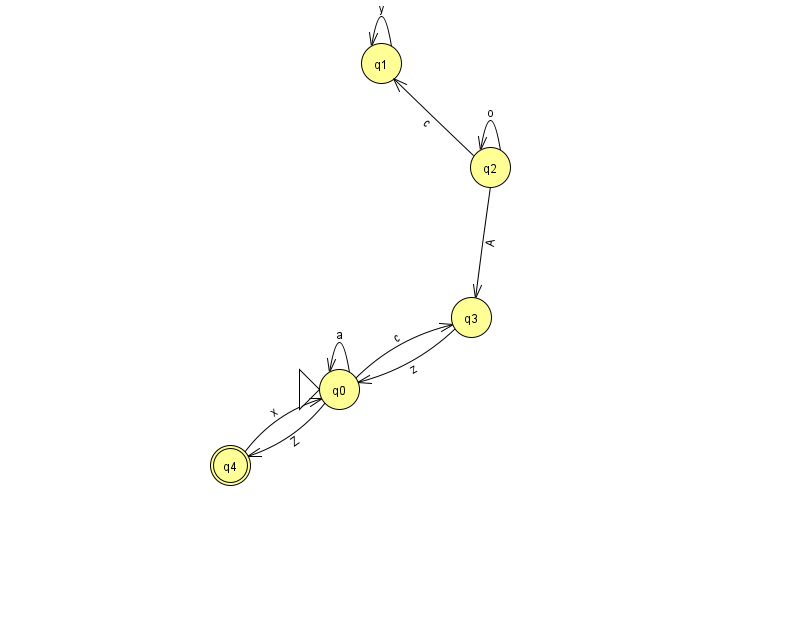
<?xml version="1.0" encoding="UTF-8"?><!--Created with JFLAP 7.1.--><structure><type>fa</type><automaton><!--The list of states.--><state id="0" name="q0"><x>339.0</x><y>376.0</y><initial/></state><state id="1" name="q1"><x>381.0</x><y>50.0</y></state><state id="2" name="q2"><x>490.0</x><y>154.0</y></state><state id="3" name="q3"><x>471.0</x><y>304.0</y></state><state id="4" name="q4"><x>230.0</x><y>452.0</y><final/></state><!--The list of transitions.--><transition><from>0</from><to>3</to><read>c</read></transition><transition><from>0</from><to>0</to><read>a</read></transition><transition><from>2</from><to>3</to><read>A</read></transition><transition><from>2</from><to>1</to><read>c</read></transition><transition><from>4</from><to>0</to><read>x</read></transition><transition><from>0</from><to>4</to><read>Z</read></transition><transition><from>1</from><to>1</to><read>y</read></transition><transition><from>3</from><to>0</to><read>z</read></transition><transition><from>2</from><to>2</to><read>o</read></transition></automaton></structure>